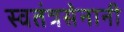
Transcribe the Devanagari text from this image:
स्वतंत्रसेनानी